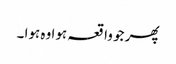
پھر جو واقعہ ہوا وہ ہوا ۔